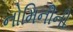
નોમિનીની